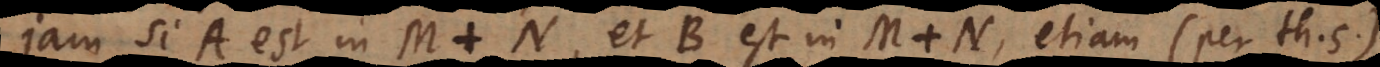
Jam si A est in M + N, et B est in M + N, etiam (per th. 5)